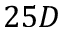
2 5 D